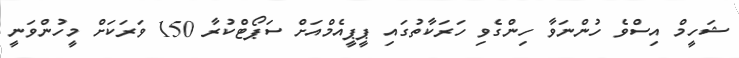
ޝަހީމް އިސްވެ ހުންނަވާ ހިންގެވި ހަރަކާތުގައި ޕީޕީއެމްއަށް ސަޕޯޓްކުރާ 150 ވަރަކަށް މީހުންވަނީ